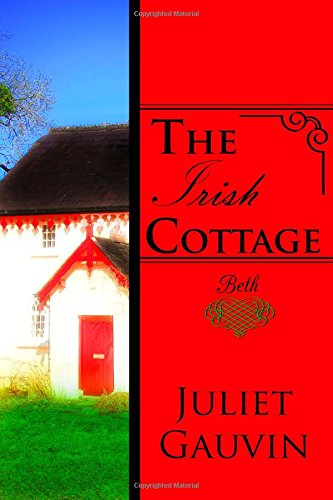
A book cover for The Irish Cottage (Travel Romance Series BETH); Juliet Gauvin; Romance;